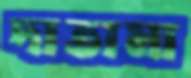
দাতামা